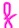
Text: 8